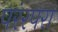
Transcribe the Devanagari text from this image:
परंरपरा